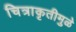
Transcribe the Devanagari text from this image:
चित्राकृतीमुळे